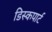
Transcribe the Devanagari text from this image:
डिस्कपार्ट